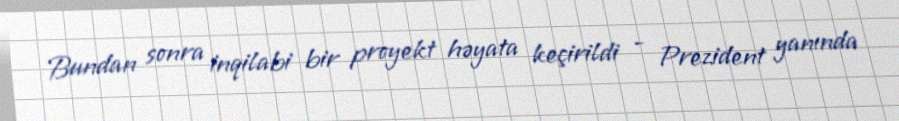
Bundan sonra inqilabi bir proyekt həyata keçirildi - Prezident yanında